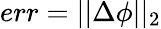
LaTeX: err=||\Delta\phi||_{2}